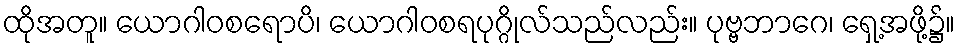
ထိုအတူ။ ယောဂါဝစရောပိ၊ ယောဂါဝစရပုဂ္ဂိုလ်သည်လည်း။ ပုဗ္ဗဘာဂေ၊ ရှေ့အဖို့၌။